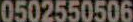
0502550506